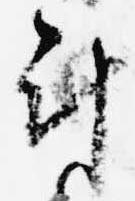
計